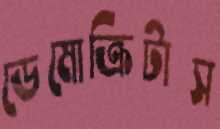
ডেমোক্রিটাস